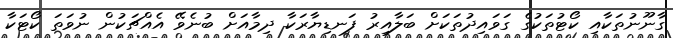
ގާނޫނުތަކާއި ކޯޓުތަކުގެ ގަވައިދުތަކަށް ބަލާއިރު ފަނޑިޔާރަކާ ދިމާއަށް ބުނެވޭ އެއްޗަކުން ނުވަތަ ކޯޓަކާ